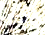
وقت